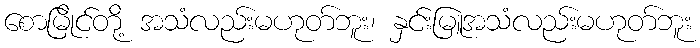
စောမြိုင်တို့ အသံလည်းမဟုတ်ဘူး၊ နှင်းမြူအသံလည်းမဟုတ်ဘူး